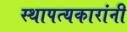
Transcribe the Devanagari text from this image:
स्थापत्यकारांनी